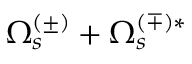
\Omega _ { s } ^ { ( \pm ) } + \Omega _ { s } ^ { ( \mp ) * }